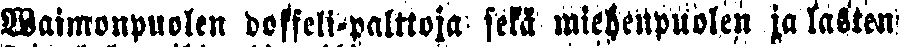
Waimonpuolen doffeli-palttoja sekä miehenpuolen ja lasten